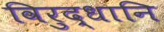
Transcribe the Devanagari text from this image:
विरुद्धानि